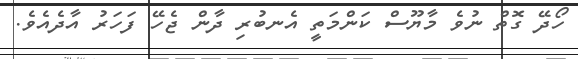
ހޯދޭ ގޮތް ނުވެ މާޔޫސް ކަންމަތީ އެނބުރި ދާން ޖެހޭ ފަހަރު އާދެއެވެ.